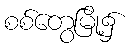
စစ်တွေမြို့၌